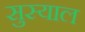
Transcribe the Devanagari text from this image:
सुस्याल